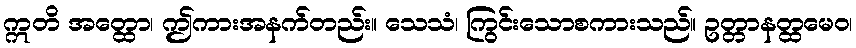
ဣတိ အတ္ထော၊ ဤကားအနက်တည်း။ သေသံ၊ ကြွင်းသောစကားသည်။ ဥတ္တာနတ္ထမေဝ၊